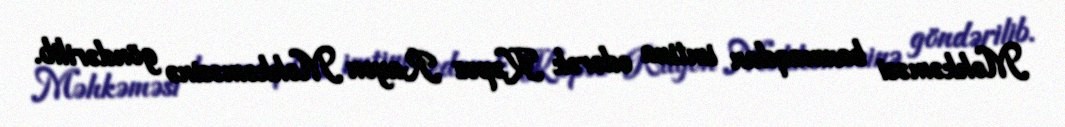
Məhkəməsi baxmaqdan imtina edərək Kəpəz Rayon Məhkəməsinə göndərilib.